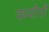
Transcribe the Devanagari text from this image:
कमीनी